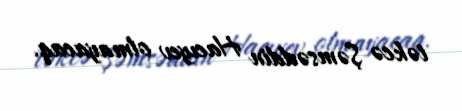
təkcə Şəmsəddin Hacıyev olmayacaq.